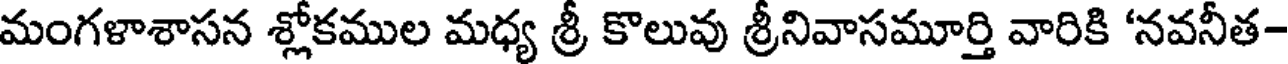
మంగళాశాసన శ్లోకముల మధ్య శ్రీ కొలువు శ్రీనివాసమూర్తి వారికి 'నవనీత-